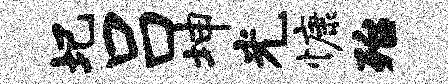
圯吕坤光慷殆